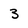
Character: 3